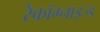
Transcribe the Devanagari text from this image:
रेकॉग्नाइज्ड